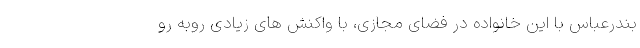
بندرعباس با این خانواده در فضای مجازی، با واکنش های زیادی روبه رو